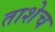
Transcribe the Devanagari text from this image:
ताशेच